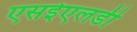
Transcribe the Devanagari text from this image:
एसईएलडी